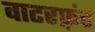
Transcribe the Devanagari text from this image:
वाटरफ़्रंट